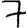
Digit: 7